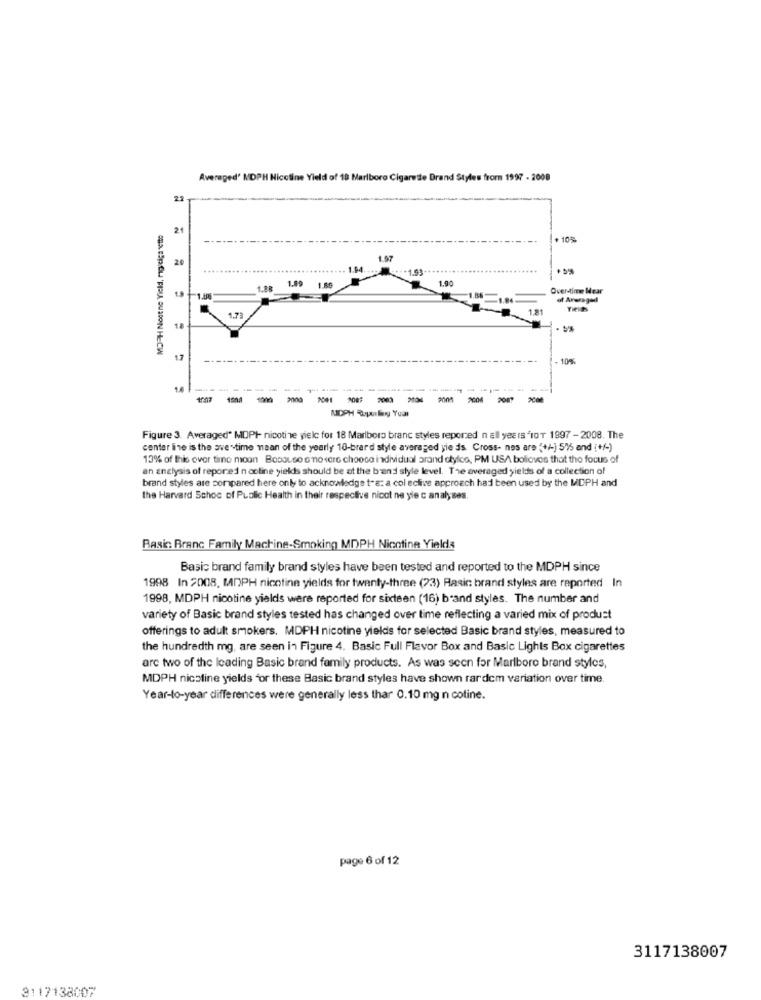
Averaged' MDPH Nicotine Yield of 18 Marlboro Cigarette Drand Styles from 1997 - 2008
22
MDPH Noceno Yield, migicigarette
21
108
1.07
20
........
1.64
.. 1.93
1.90
1.88
1.89 1.69
Over-time Mear
19 1-1.86
of Averaged
Fields
1.73
18
-----
- 10%
1.6
----
1007 1008 1000 2000 2001 208: 2003 2004 2005 2008 2097 2008
Figure 3. Averaged" MDPH nicotine yielc for 18 Marlboro branc styles reported n all yet Is "IOT 1997-2008. The
center line is the ave-time mean of the yearly 10-brard style averaged sie ds. Cross- nos are (+/-) 575 and (+/-)
13% of this over time moan Bosauso s no vere choose individual arand otylico, PM USA boliovos that the focus of
an analysis of repored n coline yields should be at the b'and style level. The averaged yields of a collection of
brand styles are compared here only to acknowledge t'a: a col eclive approach had been used by the MCPH and
the Harvard Schoc of Public Health in their respective nicol ne yie c analyses.
Basic: Branc Family Machine-Smoking MDPH Nicotine Yields
Basic brand family brand styles have been tested and reported to the MDPH since
1998 In 2008, MDPH nicotine yields for twenty-three (23) Rasic brand styles are reported In
1998, MDPH nicotine yields were reported for sixteen (16) band styles. The number and
variety of Basic brand styles tested has changed over time reflecting a varied mix of product
offerings to adult smokers. MDPH nicotine yields for selected Basic brand styles, measured to
the hundredth mg, are seen in Figure 4. Basic Full Flavor Box and Basic Lights Box cigarettes
are two of the leading Basic brand family products. As was seen for Marlboro brand styles,
MDPH nicotine yields for these Basic brand styles have shown rardcm variation over time.
Year-to-year differences were generally less than 0.10 mg n coline.
page 6 of 12
3117138007
3117138007